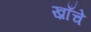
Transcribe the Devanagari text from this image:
ख़ाँचे